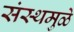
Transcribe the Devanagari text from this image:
संस्थमुळे